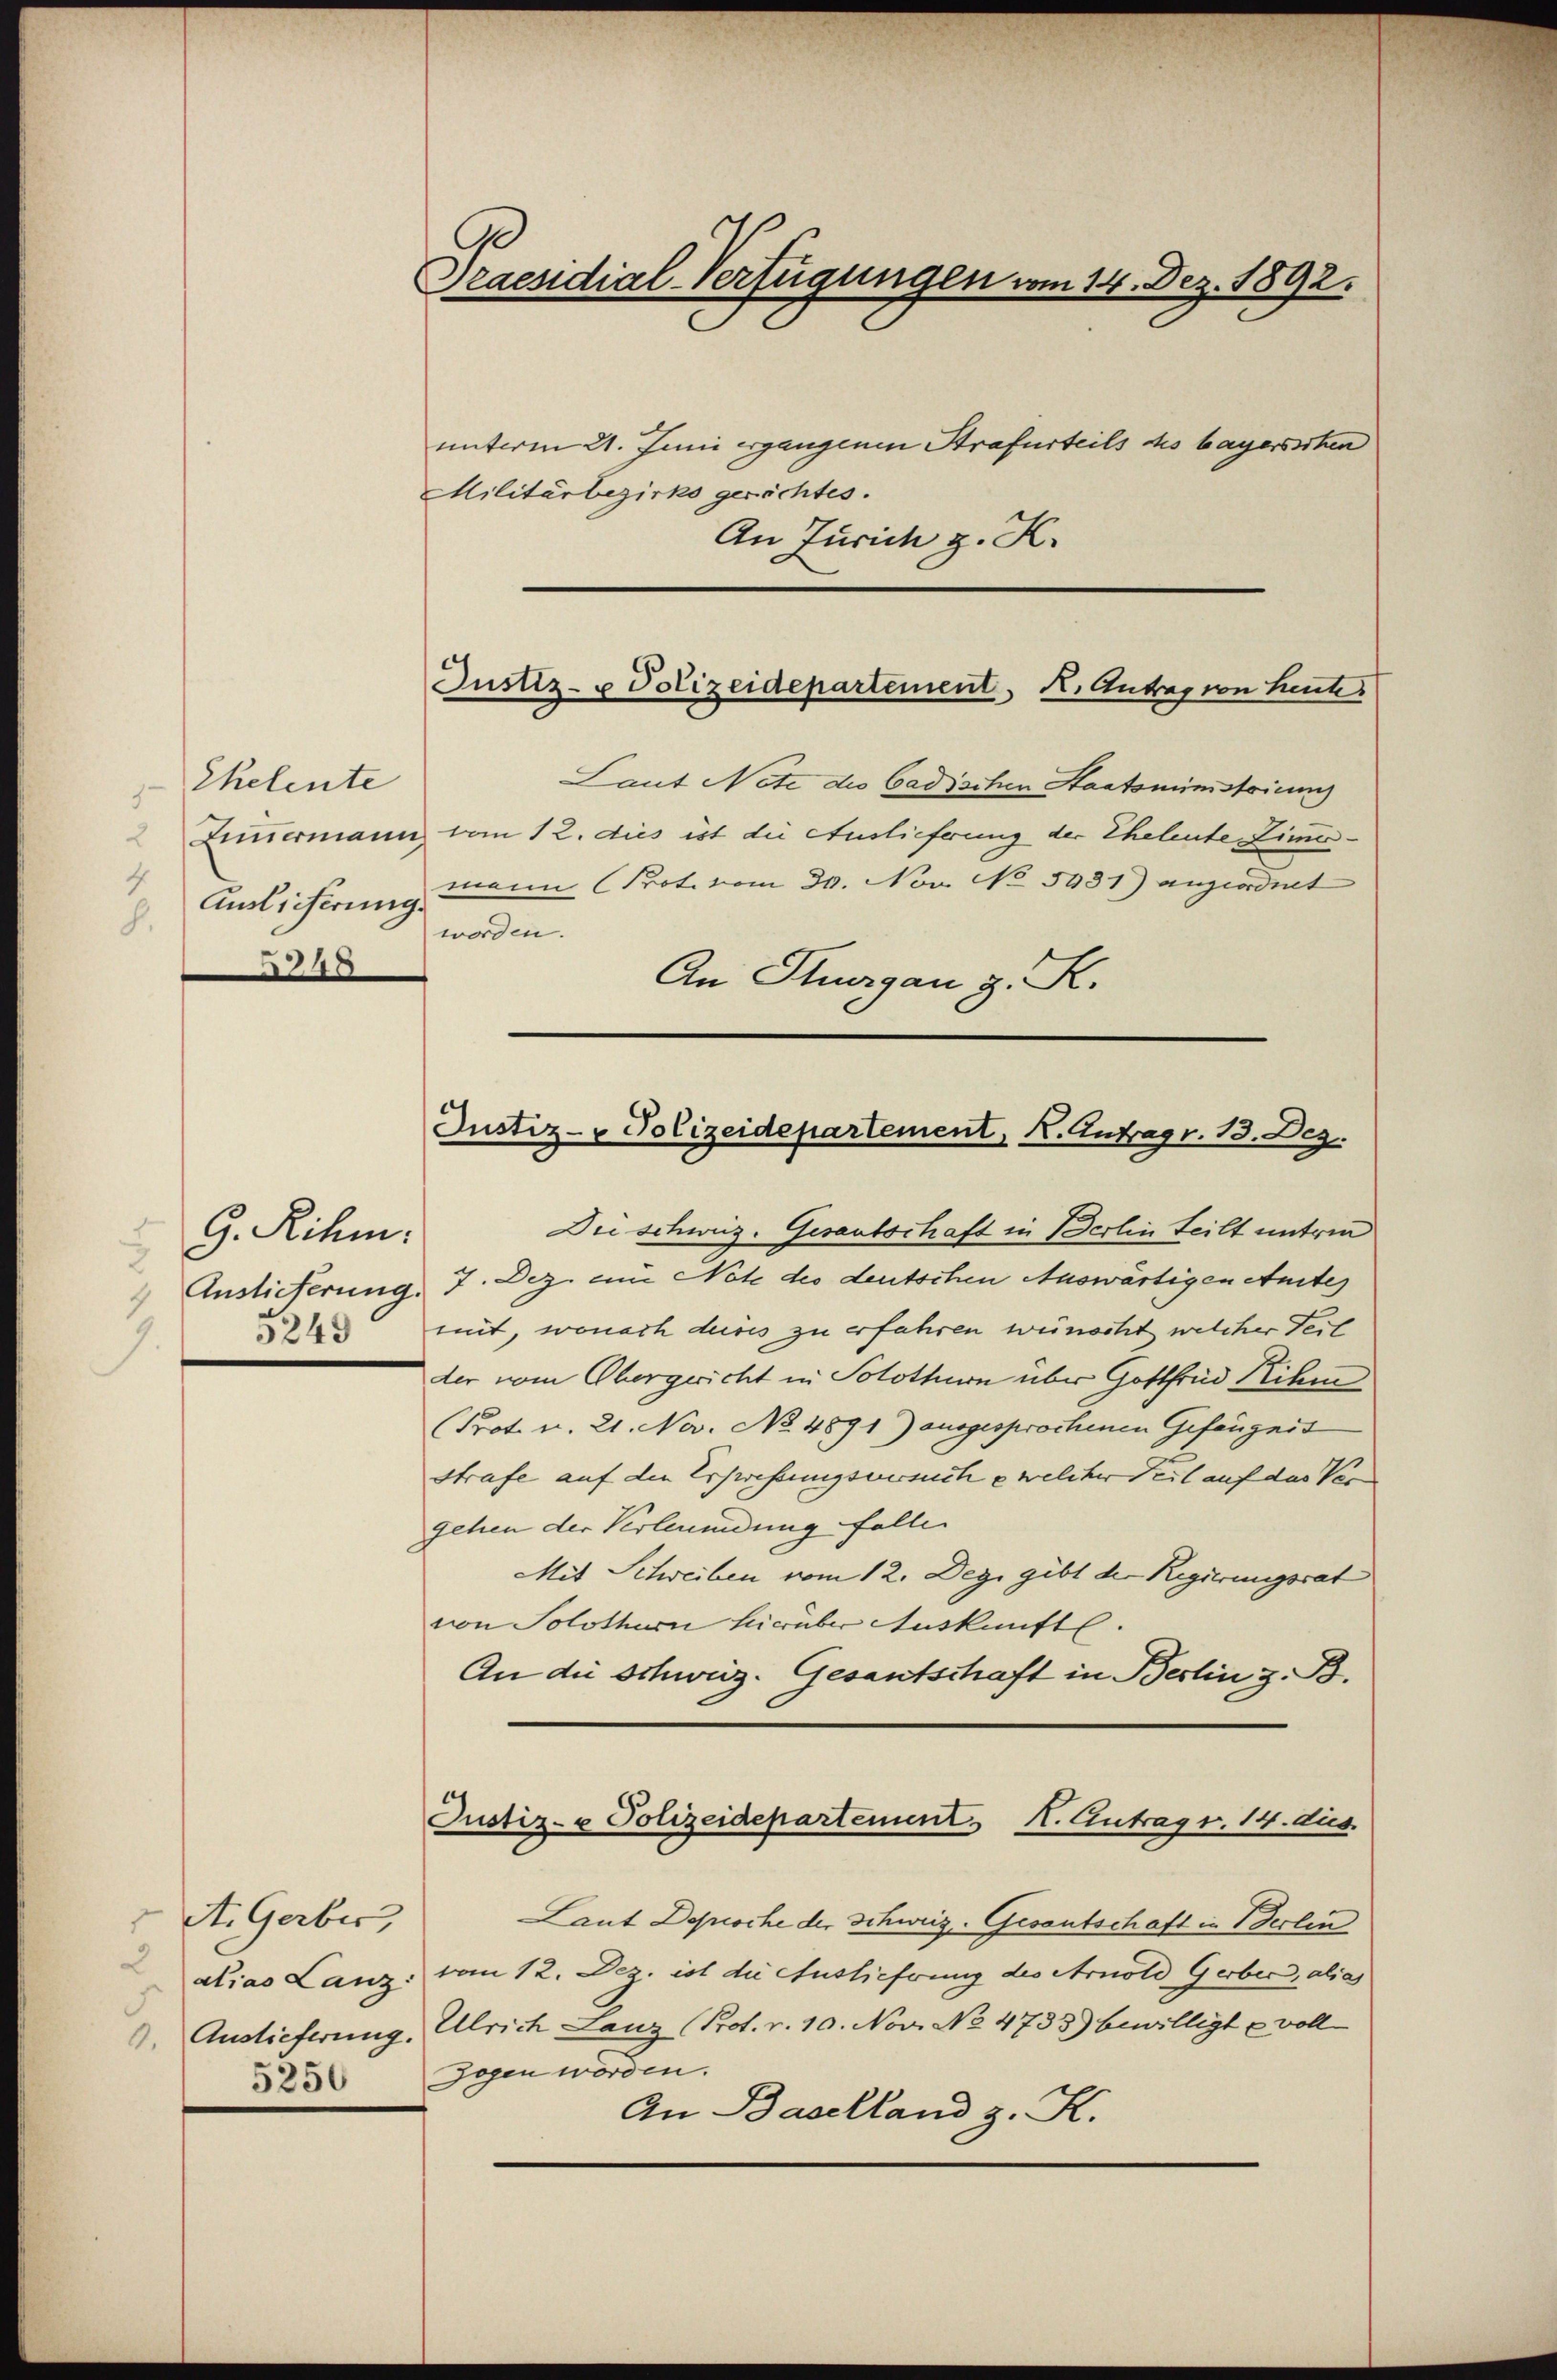
Ehelente
9.
4
Auslieferung.
8.
348

G. Rihm.
Auslieferung.
3249
7.

St. Gerber,
2
alias Lanz:
9. Auslieferung.
5250

Draesidial-Verfügungen vom 14. Dez. 1892.

unterm 21. Juni ergangenen Strafurteils des bayerschen
Militärbezirks gerichtes.
An Zürich z. K.

Justiz- u Polizeidepartement, K. Antrag von heutes

Laut Netz die Cadischen Staatsministrirung
Zimmermann vom 12. dies ist die Auslieferung der Eheleute Zimermann (Prot. vom 30. Nov. No 5931) angeordnet
worden.
An Thurgau, z. S.

Justiz- & Polizeidepartement, K. Antrag r. 13. Dez.

Die schweiz. Gesantschaft in Berlin teilt unteren
7. Dez. ein Note des deutschen Auswärtigen Amtes
mit, wonach deres zu erfahren weinscht, welcher Teil
der vom Obergericht in Solothurn über Gottfrid ihm
(Prot. u. 21. Nov. No 4891) ausgesprochenen Gefängnis
strafe auf den Erstrebungsversuche welcher Teil auf das Ver
gehen der Verleumdung fallen
Mit Schreiben vom 12. Dege gibt der Regierungsrat
von Solothurn hierüber Auskunft.
An die Schweiz. Gesantschaft in Berlin, z. B.
Justiz- u Polizeidepartement H. Antrag v. 14. dus.
Laut Deproche der Schweiz. Gesantschaft in Berlin
vom 12. Dez. ist die Auslieferung des Arnold Gerber, alias
Ulrich Lanz Prot. v. 10. Nov. No 4733) bewilligt voll
Gegen worden.
An Baselland z. K.